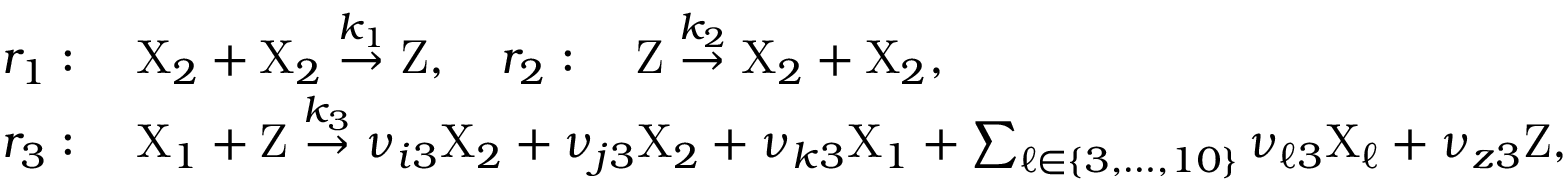
\begin{array} { r l } & { r _ { 1 } : \quad \mathrm { X } _ { 2 } + \mathrm { X } _ { 2 } \stackrel { k _ { 1 } } { \rightarrow } \mathrm { Z } , \quad r _ { 2 } : \quad \mathrm { Z } \stackrel { k _ { 2 } } { \rightarrow } \mathrm { X } _ { 2 } + \mathrm { X } _ { 2 } , } \\ & { r _ { 3 } : \quad \mathrm { X } _ { 1 } + \mathrm { Z } \stackrel { k _ { 3 } } { \rightarrow } \nu _ { i 3 } \mathrm { X } _ { 2 } + \nu _ { j 3 } \mathrm { X } _ { 2 } + \nu _ { k 3 } \mathrm { X } _ { 1 } + \sum _ { \ell \in \{ 3 , \dots , 1 0 \} } \nu _ { \ell 3 } \mathrm { X } _ { \ell } + \nu _ { z 3 } \mathrm { Z } , } \end{array}